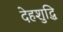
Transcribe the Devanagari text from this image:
देहशुद्धि